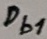
Text: Db1